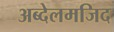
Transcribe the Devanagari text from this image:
अब्देलमजिद